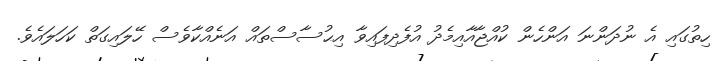
ހިތުގައި އެ ނުދަންނަ އަންހެން ކުއްޖާއާއިމެދު އުފެދިފައިވާ އިޙުސާސްތައް އަނެއްކާވެސް ހޭލައިގަތް ކަހަލައެވެ.